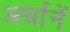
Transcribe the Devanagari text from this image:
अर्थानें